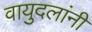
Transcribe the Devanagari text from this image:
वायुदलांनी